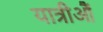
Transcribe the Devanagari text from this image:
यात्रीऔं